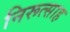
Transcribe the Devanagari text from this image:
निरूत्साह